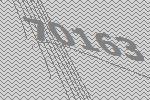
70163